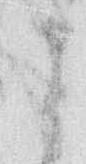
よ